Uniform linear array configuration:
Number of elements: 64
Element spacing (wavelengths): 0.75
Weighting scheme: hamming
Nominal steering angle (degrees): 60
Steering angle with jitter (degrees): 58.77
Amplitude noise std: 0.05
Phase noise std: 0.05

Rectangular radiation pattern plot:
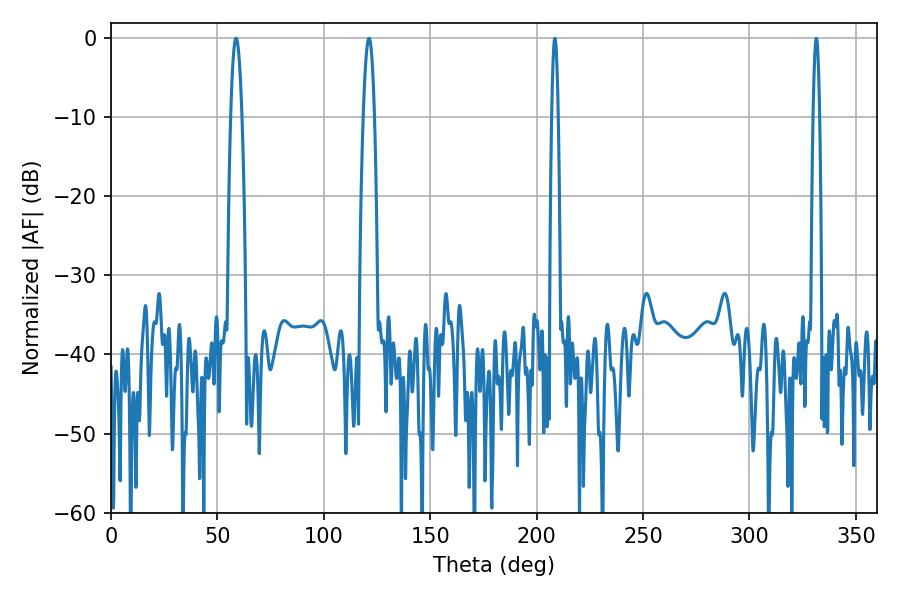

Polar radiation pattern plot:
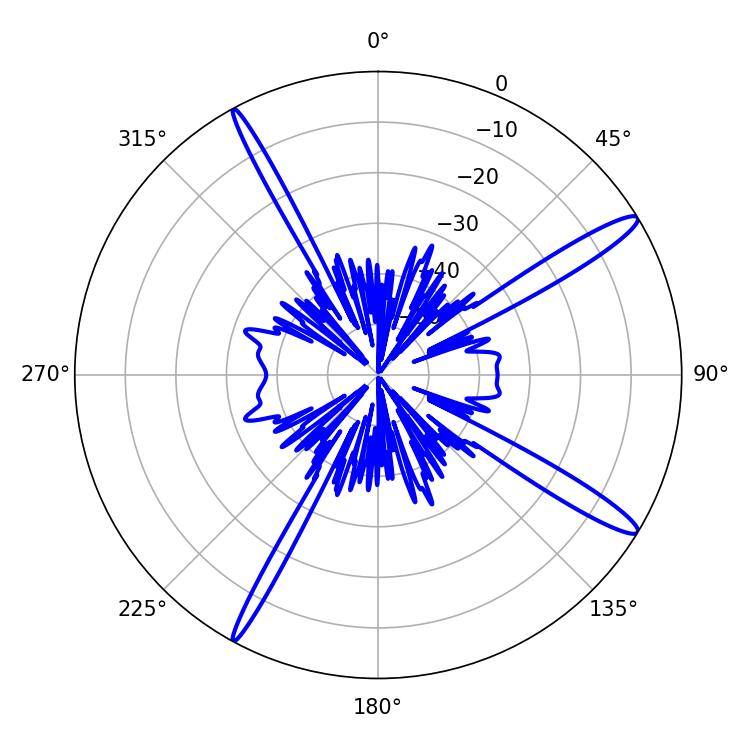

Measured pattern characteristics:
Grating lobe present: TRUE
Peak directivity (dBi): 14.985
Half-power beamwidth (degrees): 1.62
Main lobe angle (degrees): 208.62